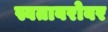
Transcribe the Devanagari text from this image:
स्वताबरोबर